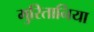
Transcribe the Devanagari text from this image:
मुरितानिया